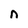
Character: n